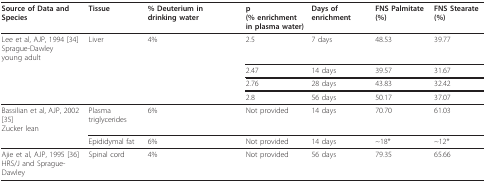
<table><thead><tr><td><b>Source of Data and Species</b></td><td><b>Tissue</b></td><td><b>% Deuterium in drinking water</b></td><td><b>p(% enrichmentin plasma water)</b></td><td><b>Days of enrichment</b></td><td><b>FNS Palmitate (%)</b></td><td><b>FNS Stearate (%)</b></td></tr></thead><tbody><tr><td>Lee et al, AJP, 1994 [34]Sprague-Dawleyyoung adult</td><td>Liver</td><td>4%</td><td>2.5</td><td>7 days</td><td>48.53</td><td>39.77</td></tr><tr><td></td><td></td><td></td><td>2.47</td><td>14 days</td><td>39.57</td><td>31.67</td></tr><tr><td></td><td></td><td></td><td>2.76</td><td>28 days</td><td>43.83</td><td>32.42</td></tr><tr><td></td><td></td><td></td><td>2.8</td><td>56 days</td><td>50.17</td><td>37.07</td></tr><tr><td>Bassilian et al, AJP, 2002 [35]Zucker lean</td><td>Plasma triglycerides</td><td>6%</td><td>Not provided</td><td>14 days</td><td>70.70</td><td>61.03</td></tr><tr><td></td><td>Epididymal fat</td><td>6%</td><td>Not provided</td><td>14 days</td><td>~18*</td><td>~12*</td></tr><tr><td>Ajie et al, AJP, 1995 [36]HRS/J and Sprague-Dawley</td><td>Spinal cord</td><td>4%</td><td>Not provided</td><td>56 days</td><td>79.35</td><td>65.66</td></tr></tbody></table>